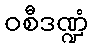
ဝစီဒဏ္ဍံ